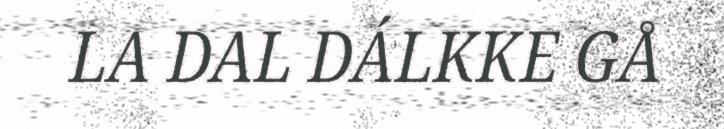
LA DAL DÁLKKE GÅ